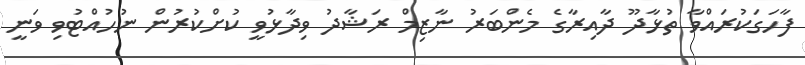
ފާހަގަކުރައްވާ ތުޅާދޫ ދާއިރާގެ މެންބަރު ނާޒިމް ރަޝާދު ވިދާޅުވީ ކުށްކުރުން ނުހުއްޓުވި ވަނީ